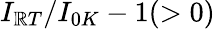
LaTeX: I_{\mathbb{R}T}/I_{0K}-1(>0)